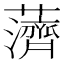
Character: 𱾿